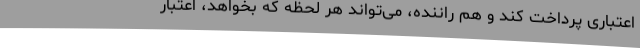
اعتباری پرداخت کند و هم راننده، می‌تواند هر لحظه که بخواهد، اعتبار